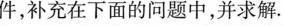
件，补充在下面的问题中，并求解。